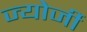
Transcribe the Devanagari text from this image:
ज्योर्जी